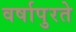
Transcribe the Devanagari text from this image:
वर्षापुरते